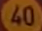
40